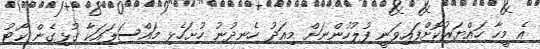
އެ މީހާ ހައްޔަރުކޮށްފައިވަނީ ފުލުހުންނަށް މިއަދު ހެނދުނު ހުށަހެޅި މައްސަލައަކާ ގުޅިގެން ކޯޓު